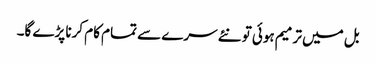
بل میں ترمیم ہوئی تو نئے سرے سے تمام کام کرنا پڑے گا۔